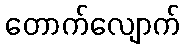
တောက်လျောက်